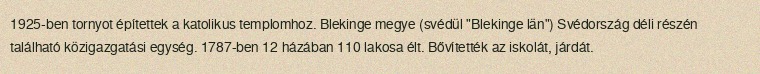
1925-ben tornyot építettek a katolikus templomhoz. Blekinge megye (svédül "Blekinge län") Svédország déli részén található közigazgatási egység. 1787-ben 12 házában 110 lakosa élt. Bővítették az iskolát, járdát.